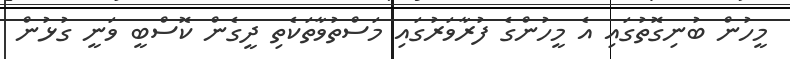
މީހުން ބުނިގޮތުގައި އެ މީހުންގެ ފުރާވަރުގައި މަސްތުވާތަކެތި ދީގެން ކޮސްބީ ވަނީ ގުޅުން